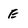
Character: E